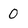
Character: 0